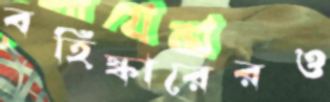
বহিষ্কারেরও